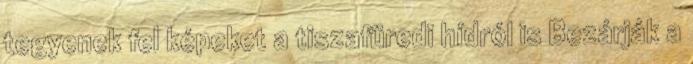
tegyenek fel képeket a tiszafüredi hídról is Bezárják a